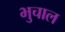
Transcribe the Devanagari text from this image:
भुचाल